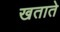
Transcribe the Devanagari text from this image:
खताते